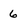
Character: 6